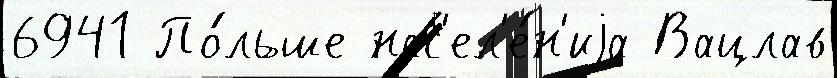
6941 По́льше нас'ел'е́н'иjа Вацлав